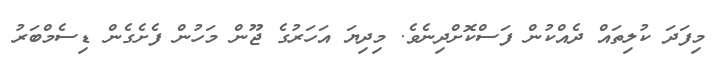
މިފަދަ ކުލިތައް ދެއްކުން ފަސްކޮށްދިނެވެ. މިދިޔަ އަހަރުގެ ޖޫން މަހުން ފެށެގެން ޑިސެމްބަރު